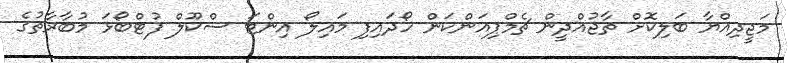
މަޖީދިއްޔާ ބަލިކޮށް ތާޖުއްދީން ޗެމްޕިއަންކަން ހޯދައިފި މައިލޯ އިންޓަ ސްކޫލް ފުޓްބޯޅަ މުބާރާތުގެ